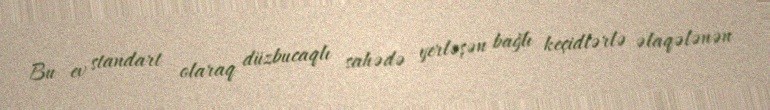
Bu ev standart olaraq düzbucaqlı sahədə yerləşən bağlı keçidlərlə əlaqələnən